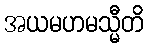
အယမဟမသ္မီတိ